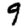
Digit: 9